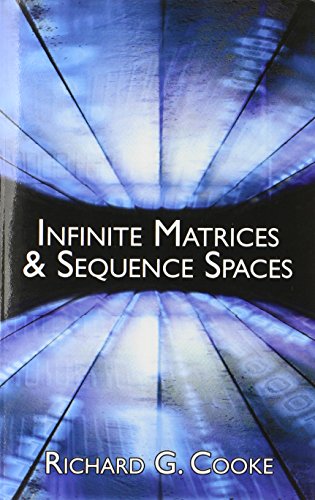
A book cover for Infinite Matrices and Sequence Spaces (Dover Books on Mathematics); Richard G. Cooke; Science & Math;